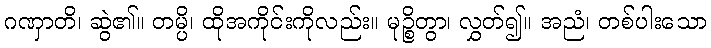
ဂဏှာတိ၊ ဆွဲ၏။ တမ္ပိ၊ ထိုအကိုင်းကိုလည်း။ မုဉ္စိတွာ၊ လွှတ်၍။ အညံ၊ တစ်ပါးသော